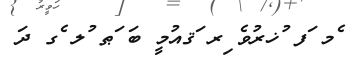
ެމ ަފ ުޚރުވެ ިރ ަޤއުމީ ބަ ަޠ ުލ ެގ ދަ